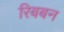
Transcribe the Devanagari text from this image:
रिबबन